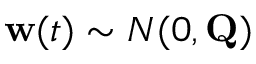
\mathbf { w } ( t ) \sim N ( 0 , \mathbf { Q } )